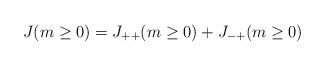
LaTeX: \begin{align*}J(m \ge 0) = J_{++}(m \ge 0) + J_{-+}(m\ge 0)\end{align*}